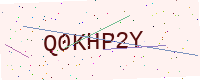
Text: Q0KHP2Y